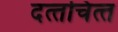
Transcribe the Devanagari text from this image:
दत्‍तचित्‍त